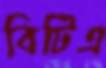
বিটিএ